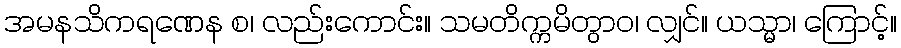
အမနသိကရဏေန စ၊ လည်းကောင်း။ သမတိက္ကမိတွာဝ၊ လျှင်။ ယသ္မာ၊ ကြောင့်။